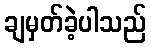
ချမှတ်ခဲ့ပါသည်